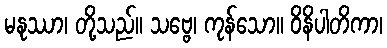
မနုဿာ၊ တို့သည်။ သဗ္ဗေ၊ ကုန်သော။ ဝိနိပါတိကာ၊